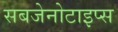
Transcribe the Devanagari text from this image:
सबजेनोटाइप्स